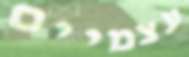
עצמיים